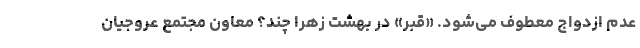
عدم ازدواج معطوف می‌شود. «قبر» در بهشت زهرا چند؟ معاون مجتمع عروجیان